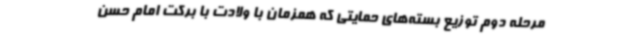
مرحله دوم توزیع بسته‌های حمایتی که همزمان با ولادت با برکت امام حسن